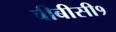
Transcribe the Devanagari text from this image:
बीबीसी१